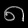
Digit: ၈